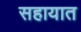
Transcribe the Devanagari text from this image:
सहायात